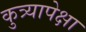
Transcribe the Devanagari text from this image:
कुत्र्यापेक्षा